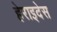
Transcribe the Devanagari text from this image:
हेराइदेस